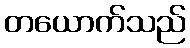
တယောက်သည်